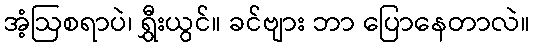
အံ့ဩစရာပဲ၊ ရွှီးယွင်။ ခင်ဗျား ဘာ ပြောနေတာလဲ။